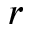
r